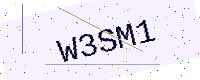
Text: W3SM1